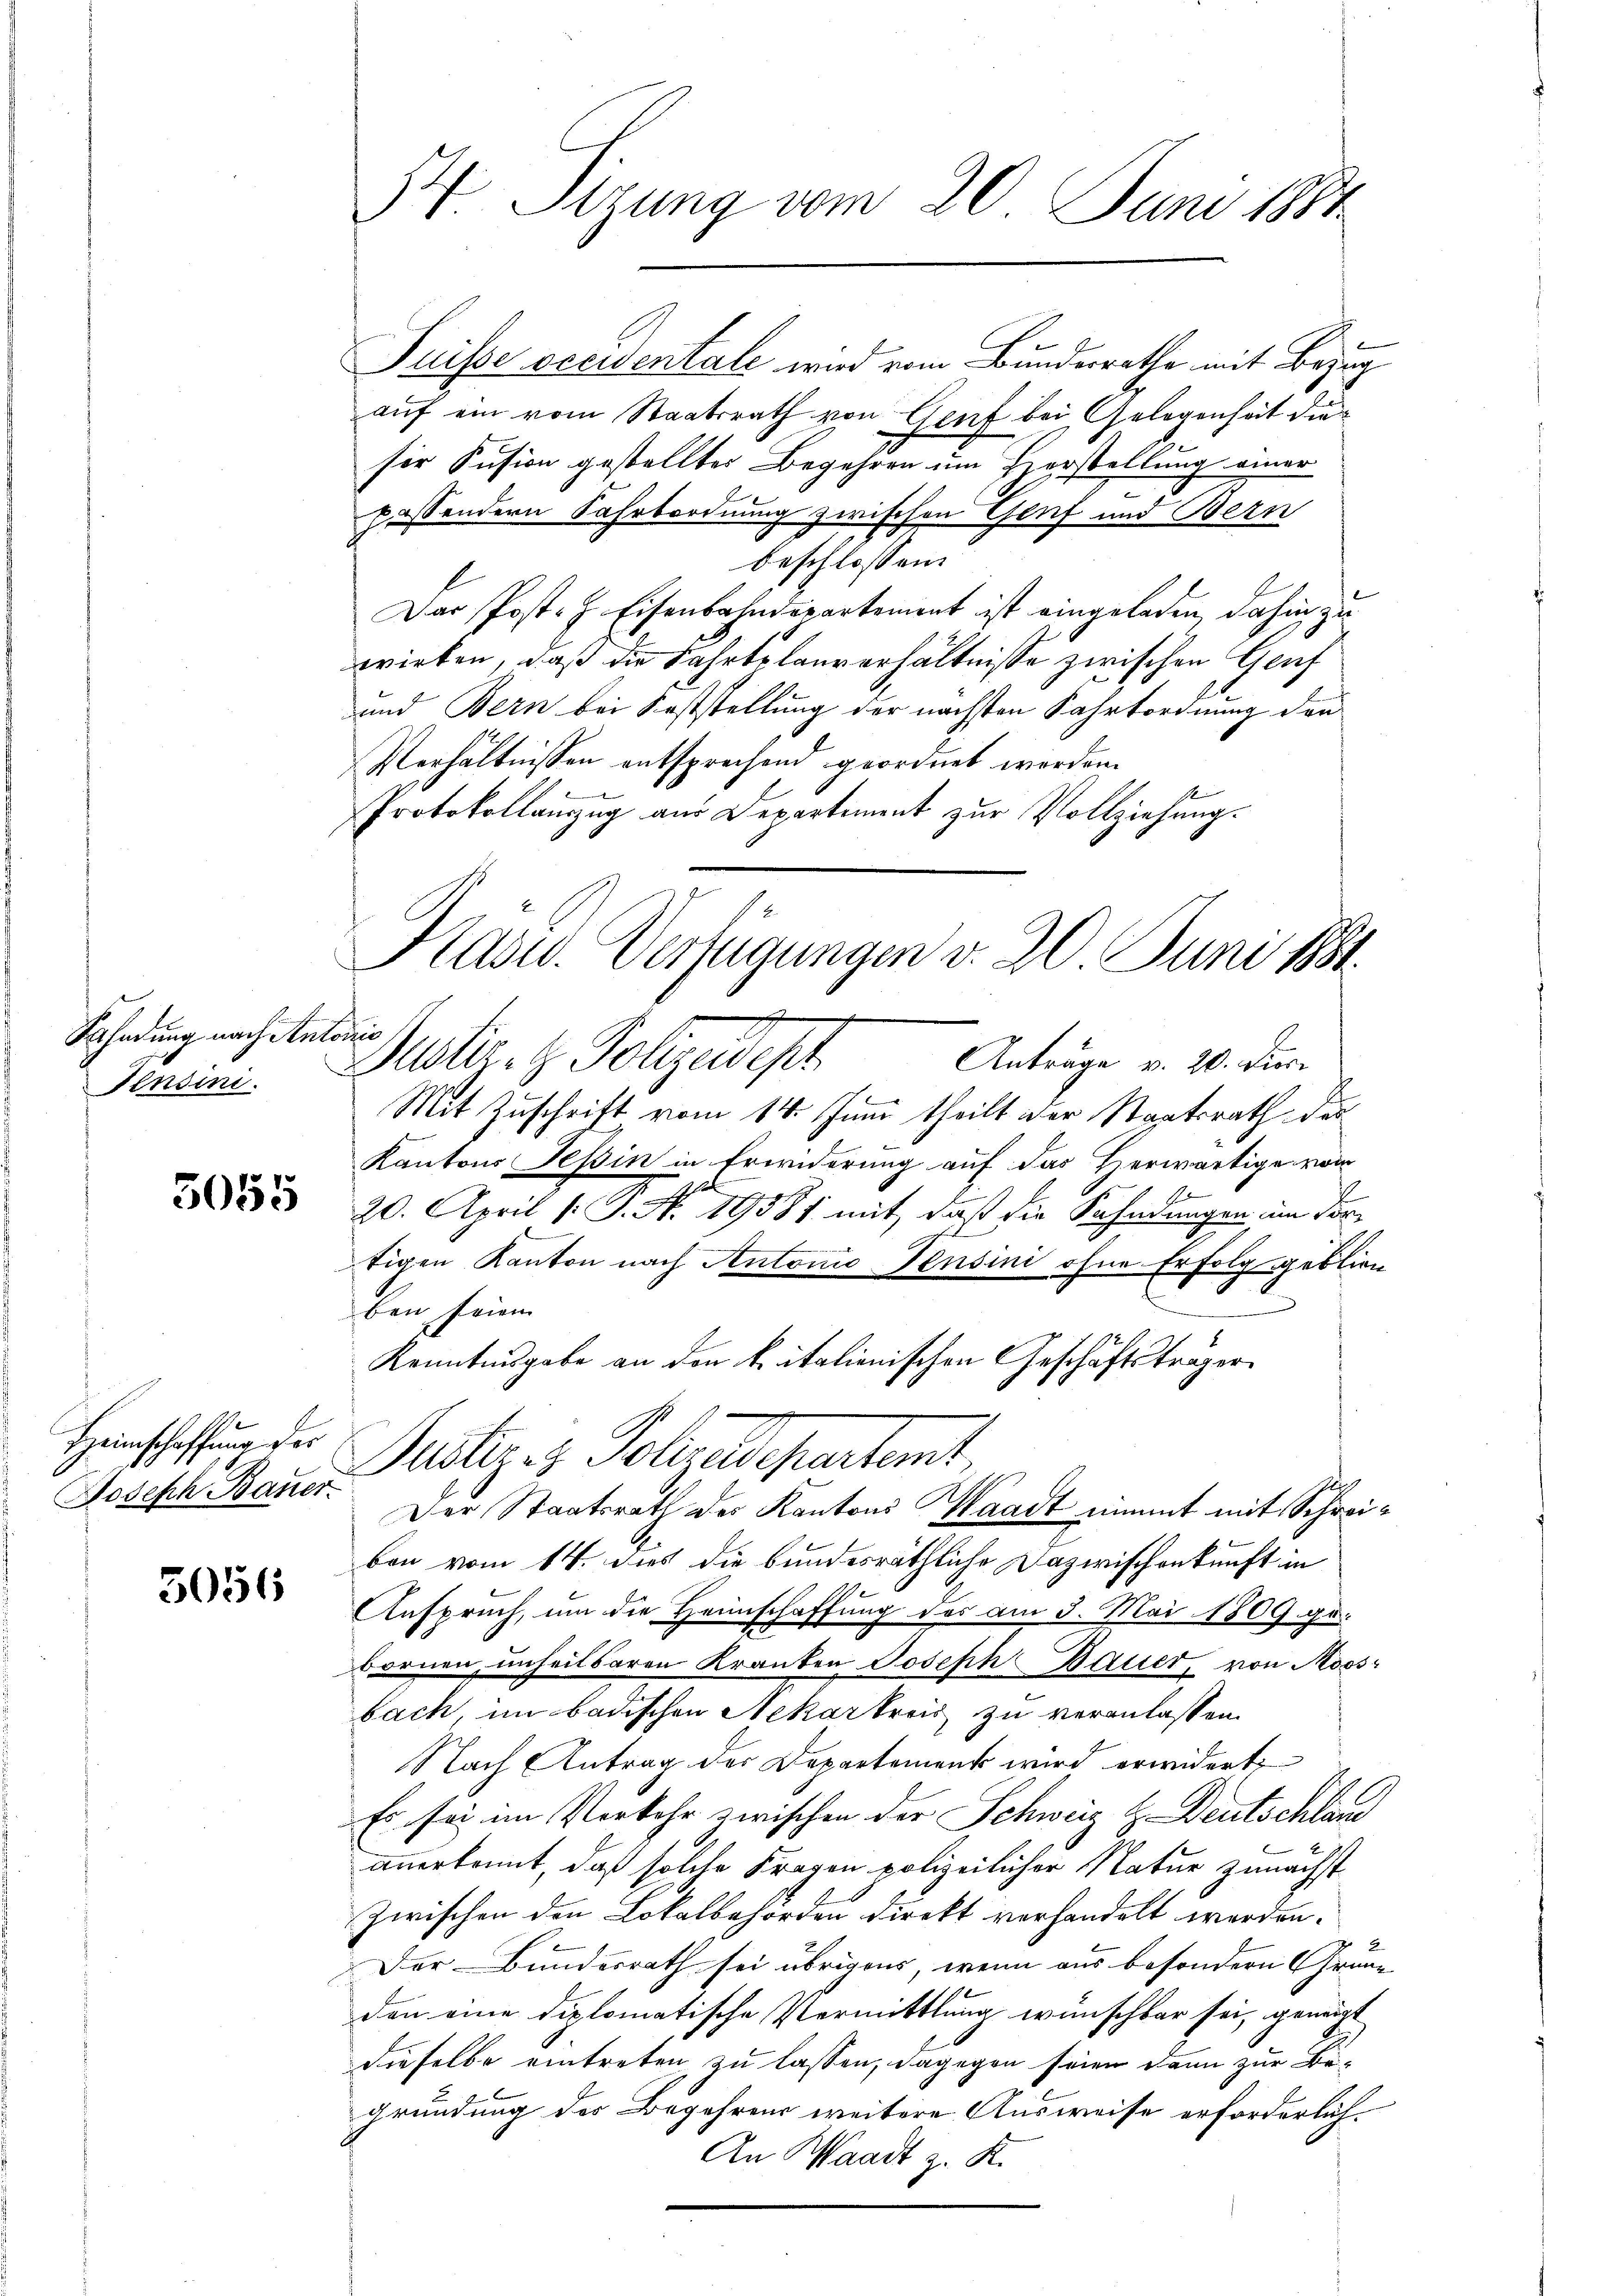
Fahndung nach Antonis
Tensini.

5055

Puisse occidentale wird vom Bundesrathe mit Bezug
auf ein vom Staatsrath von Genf bei Gelegenheit die
ser Susion gestellter Begehren um Herstellung einer
possendern Fahrbordnung zwischen Genf und Bern
beschlossen:
Das Post. H. Eisenbahndepartement ist eingeladen, dahin zu
wirken, daß die Fahrtslauverhältnisse zwischen Genf
und Bern bei Feststellung der nächsten Fahrtordnung den
Verhältnissen entsprechend geordnet worden.
Protokollauszug aus Departement zur Vollziehung.
Justiz- & Polizeidest
Anträge v. 20. Dur
Mit Zuschrift vom 14. Juni theilt der Staatsrath das
Kantons Tessin in Erwiderung auf das Herwärtige vom
h
20. April (T. N. 19581 mit, daß die Fahndungen im dorh
tigen Kanton nach Antonio Pensini ohne Erfolg geblien
ben seien
Kenntnisgabe an den kitalienischen Geschäftsträger
Justiz & Polzedepertent,
Der Staatsrath des Kantons Waadt nimmt mit Schreiben vom 14. dies die bundesräthliche Dazwischenkunft in
Anspruch, um die Heimschaffung des am 3. Mai 1809. gebornen unheilsaren Kranken Joseph Bauer, von Moos-
bach, im badischen Nekarkreis zu veranlassen.
Nach Antrag der Departement wird erwidert
Es sei im Vorkehr zwischen der Schweiz Z Deutschlane
anerkannt, daß solche Fragen polizeilicher Natur zunächst
zwischen den Lokalbehörden direkt verhandelt werden.
Der Bundesrath sei übrigens, wenn aus besondern Grund-
den eine diplomatische Vermittlung wünschbar sei, geneigt
dieselbe eintreten zu lassen, dagegen seien dann zur Be-
Gründung des Begehrens weitere Ausweise erforderlich¬
An Waadt z. K.

Heimschaffung des
Joseph Bauer

5056

54. Sizung vom 20. Juni 184

Kasud. Verfügungen v. 20 Juni 1881.